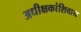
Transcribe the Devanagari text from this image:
अधीक्षकांशिवाय